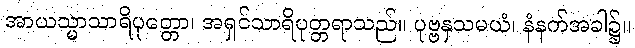
အာယသ္မာသာရိပုတ္တော၊ အရှင်သာရိပုတ္တရာသည်။ ပုဗ္ဗနှသမယံ၊ နံနက်အခါ၌။